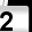
Digit: 2